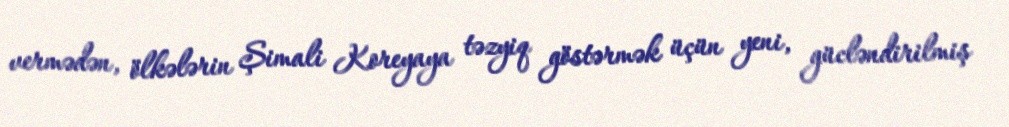
vermədən, ölkələrin Şimali Koreyaya təzyiq göstərmək üçün yeni, gücləndirilmiş